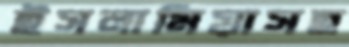
ইসলামিয়াসহ